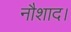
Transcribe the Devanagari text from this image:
नौशाद।